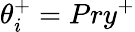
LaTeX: \theta_{i}^{+}=Pry^{+}